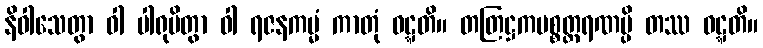
နိဝါသေတွာ ဝါ ပါရုပိတွာ ဝါ ရဇနကမ္မံ ကာတုံ ဝဋ္ဋတိ။ တတြဋ္ဌကပစ္စတ္ထရဏမ္ပိ တဿ ဝဋ္ဋတိ။